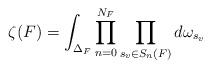
LaTeX: \begin{align*} \zeta(F) = \int_{\Delta_F}\prod_{n=0}^{N_F}\prod_{s_v\in S_n(F)} d\omega_{s_v} \end{align*}